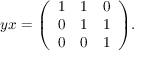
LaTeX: y x = { \left( \begin{array} { l l l } { 1 } & { 1 } & { 0 } \\ { 0 } & { 1 } & { 1 } \\ { 0 } & { 0 } & { 1 } \end{array} \right) } .